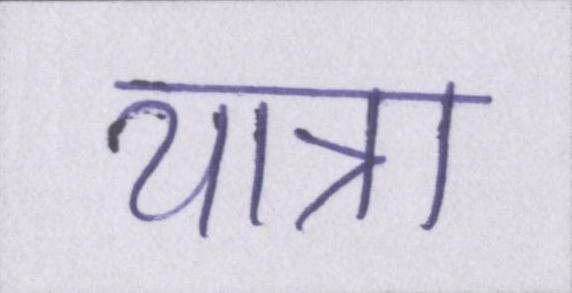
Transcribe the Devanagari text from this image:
यात्रा